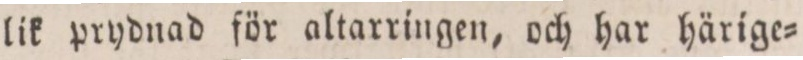
lik prydnad för altarringen, och har härige=